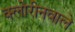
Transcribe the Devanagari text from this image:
क्लोरीनवाले